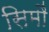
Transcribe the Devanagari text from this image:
सिमौं